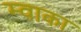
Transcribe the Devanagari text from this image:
म्वाका